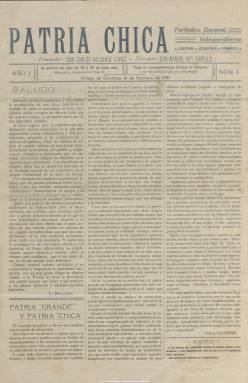
Título: Patria chica (Priego de Cordoba)
Colección: Revistas de información general
Ámbito geográfico: Córdoba
Lugar de publicación: Priego de Córdoba [Córdoba]
Fechas: 10/02/1915-12/09/1915

Aparece el diez de febrero de 1915 y en su cabecera se indica como fundador al abogado, escritor y poeta prieguense Carlos Valverde López (1856-1941), que en ese tiempo residía en Málaga, y como director al escritor y poeta nacido, en 1879, en Puente Genil y que en ese momento residía en Priego de Córdoba, Manuel Rey Cabello. Su subtitula “periódico decenal independiente”, para aparecer los días 10, 20 y 30 de cada mes, y en su artículo de presentación señala que será “campo neutral” y estará “despojado de partidismo sectarista”. Sin embargo, la publicación no llegará a superar los siete meses de vida por el desencuentro que se produce entre los impulsores de la publicación y el poder local “nicetista”, en referencia al prieguense liberal y más tarde primer presidente de la II República Española Niceto Alcalá-Zamora y Torres (1877-1949), que en ese momento estaba encarnado en el alcalde Juan Bufill Torres.

Fue un artículo sobre el aprovechamiento y canalización local de las aguas de la Fuente del Rey publicado por José Tomás Valverde Castilla (1885-1961), el hijo del fundador del decenario, abogado y más tarde alcalde de Priego de Córdoba durante la dictadura primoriverista, el que desató el enfrentamiento dialéctico no sólo en las páginas de esta publicación sino también en una serie de hojas sueltas donde se atacaron y defendieron las dos partes en litigio.

Se trata de un ejemplo de prensa local de la época con textos sobre literatura, agricultura, industria, medicina, asuntos municipales y hasta de política internacional, en los que abundan también las composiciones poéticas. Ofrece información sobre culto religioso y festejos locales, pasatiempos y reclamos publicitarios locales.

Entre sus colaboradores se encuentran, entre otros, el arquitecto Francisco Ruiz Santaella (1875-1950); el que llegaría a ser rector de la Universidad de Sevilla, Francisco Candil y Calvo (1887-1959), y Manuel Núñez Torralvo (1895-?), que llegaría a ser registrador de la Propiedad y que utilizará el seudónimo Fray Liberto, mientras que Rey Cabello usaría el de Jerrera. Este desaparecerá de la dirección, que será asumida por un Consejo de Redacción. Entre sus ilustradores estuvieron Adolfo Lozano Sidro y Alfredo Clavo Lozano.

Es estampado en la imprenta local La Aurora, en entregas de cuatro páginas. El uno de septiembre publica un número extraordinario de 24 páginas, con una crónica artística de Priego, de Carlos Valverde, acompañada de fotograbados. El número 29 y último de la colección en la Biblioteca Nacional de España (que está incompleta) corresponde al 12 de septiembre. Enrique Alcalá Ortiz, cronista oficial de Priego de Córdoba, ha señalado que los inspiradores de Patria chica siguieron publicando sus textos en una sección o suplemento quincenal dedicado a esta localidad de un periódico editado en Madrid bajo el título La cultura, entre los años 1916 y 1917.